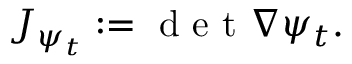
J _ { \psi _ { t } } : = \mathrm { ~ d ~ e ~ t ~ } \nabla \psi _ { t } .